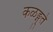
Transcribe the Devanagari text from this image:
कळङ्गुते